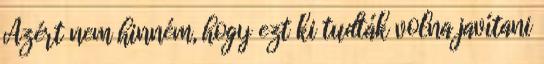
Azért nem hinném, hogy ezt ki tudták volna javítani